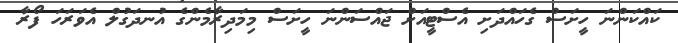
ކައްކަންނަ ހީށަސް ގެހައްދަށި އެސްޓީއަށް ޖައްސަންނަ ހީށަސް މިމަދިރާމެންގެ އުނދަގުލް އެވަރަހަ ފޯރާ